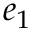
e _ { 1 }